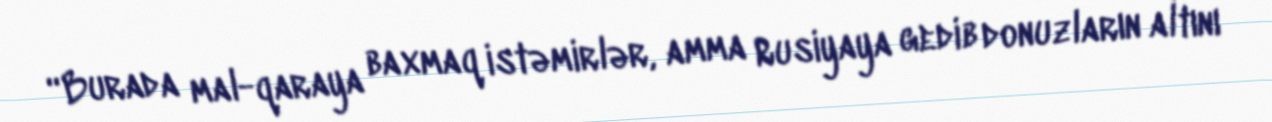
“Burada mal-qaraya baxmaq istəmirlər, amma Rusiyaya gedib donuzların altını